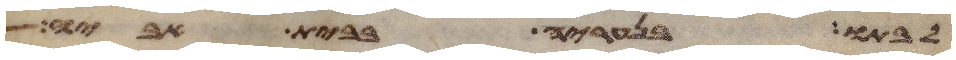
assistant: לבתו בנעריה בבית אביה